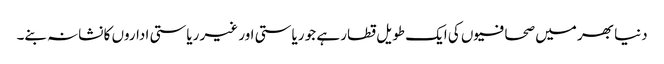
دنیا بھر میں صحافیوں کی ایک طویل قطار ہے جو ریاستی اور غیر ریاستی اداروں کا نشانہ بنے۔